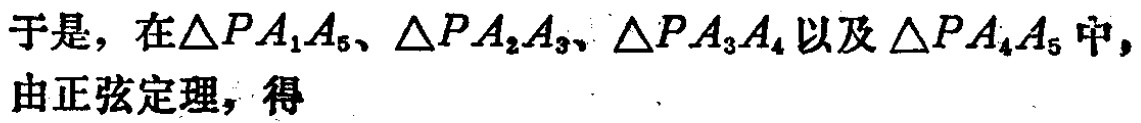
于是，在\(\triangle PA_{1}A_{5}\)、\(\triangle PA_{2}A_{3}\)、\(\triangle PA_{3}A_{4}\)以及\(\triangle PA_{4}A_{5}\)中，由正弦定理，得